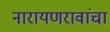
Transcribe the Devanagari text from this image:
नारायणरावांचा